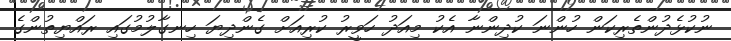
ނުކުޅެދުުންތެރިކަން ހުންނަ ކުދިންނާ އެކު މިއަދު ހަވީރު ކުރިއަށް ގެންދިޔަ ހިނގާލުމުގައި ރައްޔިތުންގެ